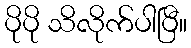
ပိုပို သိလိုက်ပါပြီ။